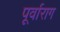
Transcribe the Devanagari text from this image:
पूर्वाराग